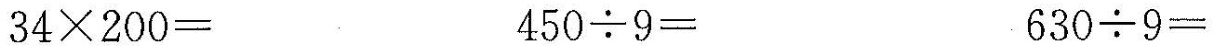
$$3 4 \times 2 0 0 =$$ $$4 5 0 \div 9 =$$ $$6 3 0 \div 9 =$$